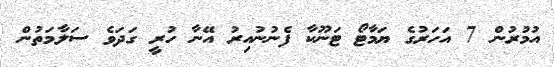
އުމުރުން 7 އަހަރުގެ ޔަމާޓޯ ޓަނޫކާ ފެނުނުއިރު އޭނާ ހުރީ ގަދަވެ ސަލާމަތުން